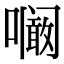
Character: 㘎